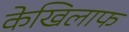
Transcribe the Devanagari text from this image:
केखिलाफ